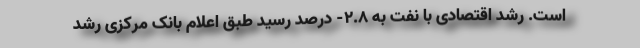
است. رشد اقتصادی با نفت به ٢.٨- درصد رسید طبق اعلام بانک مرکزی رشد